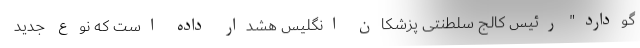
گودارد" رئیس کالج سلطنتی پزشکان انگلیس هشدار داده است که نوع جدید